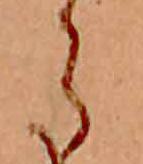
ら